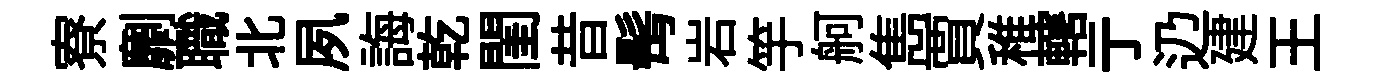
寮劘職北夙誨乾閨昔髩岩竽舸雋賈稚轄亍辸建王